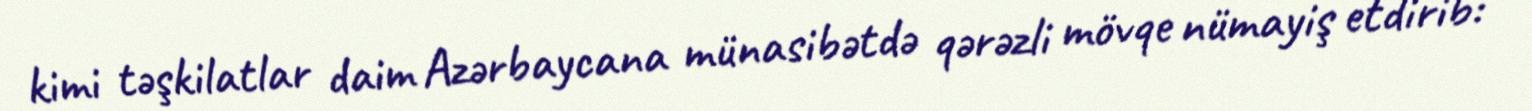
kimi təşkilatlar daim Azərbaycana münasibətdə qərəzli mövqe nümayiş etdirib: